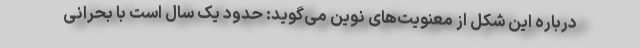
درباره این شکل از معنویت‌های نوین می‌گوید: حدود یک سال است با بحرانی